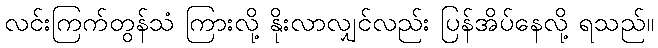
လင်းကြက်တွန်သံ ကြားလို့ နိုးလာလျှင်လည်း ပြန်အိပ်နေလို့ ရသည်။